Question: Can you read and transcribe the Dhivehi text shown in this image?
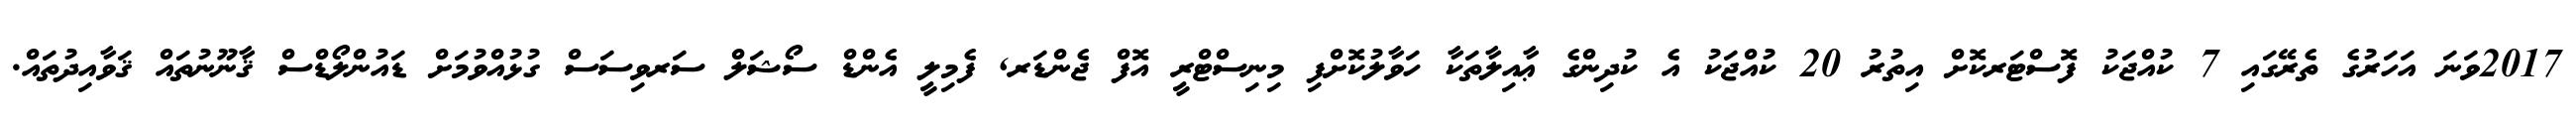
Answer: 2017ވަނަ އަހަރުގެ ތެރޭގައި 7 ކުއްޖަކު ފޮސްޓަރކޮށް އިތުރު 20 ކުއްޖަކު އެ ކުދިންގެ ޢާއިލާތަކާ ހަވާލުކޮށްފި މިނިސްޓްރީ އޮފް ޖެންޑަރ, ފެމިލީ އެންޑް ސޯޝަލް ސަރވިސަސް ގުޅުއްވުމަށް ޑައުންލޯޑްސް ޤާނޫނުތައް ޤަވާއިދުތައް.